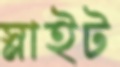
স্লাইট